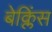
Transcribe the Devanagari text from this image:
बेक्लिंस